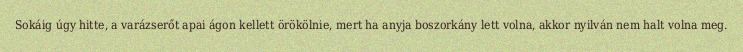
Sokáig úgy hitte, a varázserőt apai ágon kellett örökölnie, mert ha anyja boszorkány lett volna, akkor nyilván nem halt volna meg.